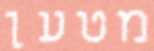
מטען